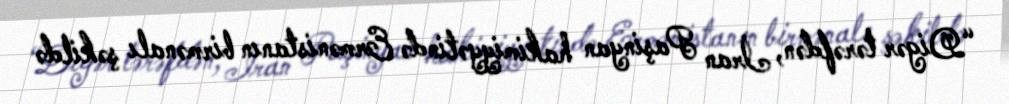
“Digər tərəfdən, İran Paşinyan hakimiyyətində Ermənistanın birmənalı şəkildə